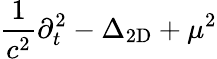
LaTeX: {\frac{1}{c^{2}}}\partial_{t}^{2}-\Delta_{\mathrm{2D}}+\mu^{2}